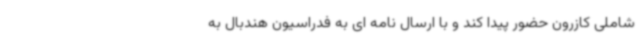
شاملی کازرون حضور پیدا کند و با ارسال نامه ای به فدراسیون هندبال به